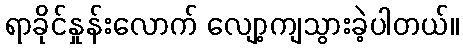
ရာခိုင်နှုန်းလောက် လျော့ကျသွားခဲ့ပါတယ်။